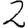
Digit: 2